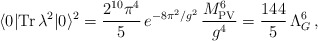
\begin{align*}\langle 0|{\rm Tr}\,\lambda^2|0\rangle^2= \frac{2^{10}\pi^4}{5}\,e^{-8\pi^2/g^2}\,\frac{M_{\rm PV}^6}{g^4}=\frac{144}{5}\,\Lambda_G^6\,,\end{align*}